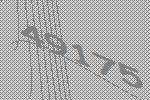
49175